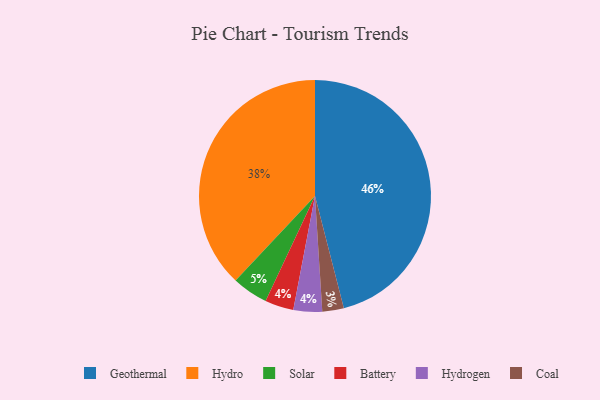
{"axis": {"x": "Category", "y": "Percentage"}, "legend": ["Battery", "Coal", "Geothermal", "Hydro", "Hydrogen", "Solar"], "data": [{"x": "Battery", "y": 4, "type": "Battery"}, {"x": "Geothermal", "y": 46, "type": "Geothermal"}, {"x": "Hydro", "y": 38, "type": "Hydro"}, {"x": "Hydrogen", "y": 4, "type": "Hydrogen"}, {"x": "Solar", "y": 5, "type": "Solar"}, {"x": "Coal", "y": 3, "type": "Coal"}]}